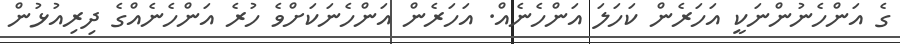
ގެ އަންހެނުންނަކީ އަހަރެން ކަހަލަ އަންހެނެއް. އަހަރެން އަންހެނަކަށްވެ ހުރެ އަންހެނެއްގެ ދިރިއުޅުން